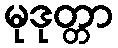
မုဒုတ္တာ